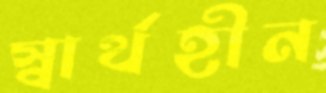
স্বার্থহীন